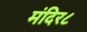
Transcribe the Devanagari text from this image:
मंदिर८